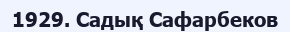
1929. Садық Сафарбеков